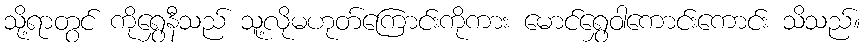
သို့ရာတွင် ကိုရွှေနီသည် သူ့လိုမဟုတ်ကြောင်းကိုကား မောင်ရွှေဝါကောင်းကောင်း သိသည်။